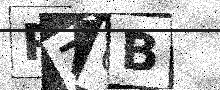
Text: PZ6B